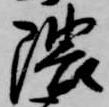
隈